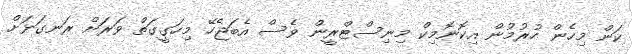
ކަން މިހެން ހުރުމުން އިކޮނޮމިކް މިނިސްޓްރީން ވެސް އެބަޖެހޭ މިހަގީގަތް ވަރަށް ރަނގަޅަށް